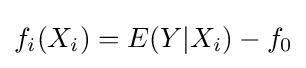
f_{i}(X_{i})=E(Y|X_{i})-f_{0}